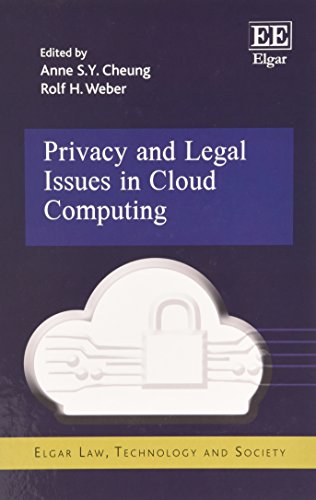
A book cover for Privacy and Legal Issues in Cloud Computing (Elgar Law, Technology and Society); Anne S.Y. Cheung; Computers & Technology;